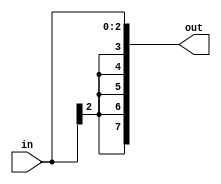
`timescale 1ns / 1ps
//////////////////////////////////////////////////////////////////////////////////
// Company: 
// Engineer: 
// 
// Design Name: 
// Module Name: signext
// Project Name: 
// Target Devices: 
// Tool Versions: 
// Description: 
// 
// Dependencies: 
// 
// Revision:
// Revision 0.01 - File Created
// Additional Comments:
// 
//////////////////////////////////////////////////////////////////////////////////



module signext(in, out);
  input [2:0] in;
  output [7:0] out;

  assign out = {{5{in[2]}},in};
endmodule